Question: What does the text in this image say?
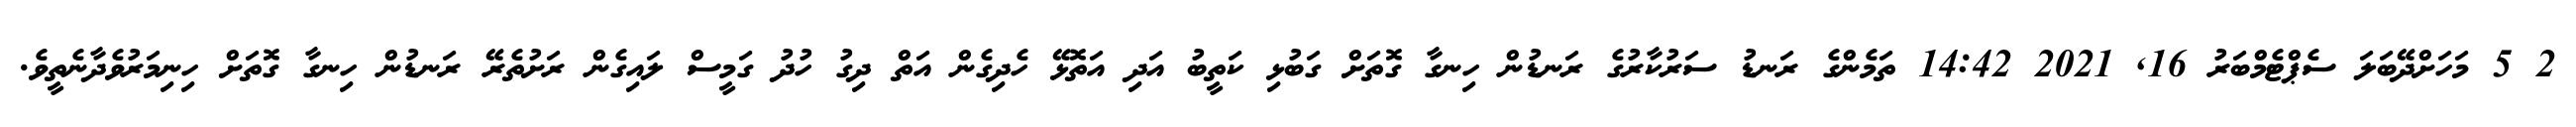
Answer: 2 5 މަހަށްދޭބަލަ ސެޕްޓެމްބަރު 16, 2021 14:42 ތަމެންގެ ރަނޑު ސަރުކާރުގެ ރަނޑުން ހިނގާ ގޮތަށް ގަބުޅި ކަތީބު އަދި އަތޮޅޭ ހެދިގެން އަތް ދިގު ހުދު ގަމީސް ލައިގެން ރަށުތެރޭ ރަނޑުން ހިނގާ ގޮތަށް ހިނިމަރުވެދާނެތީވެ.